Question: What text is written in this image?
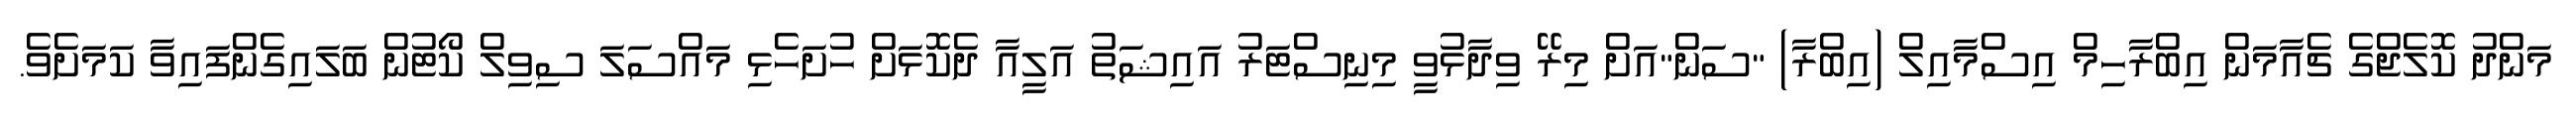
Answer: މަންދު ކޮލެޖްގެ ޗެއާމަން އިބްރާހިމް އިސްމާއިލް (އިބްރާ) "ސަން"އަށް މިރޭ ވިދާޅުވީ މިނިސްޓަރު އައިޝަތު އަލީއާ ދެކޮޅަށް ހުށަހެޅި މައްސަލަ ސިވިލް ކޯޓުން ބަލައިގެންފައިވާ ކަމަށެވެ.